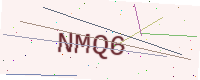
Text: NMQ6